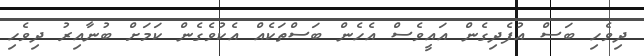
ދިވެހި ބަސް އުފެދިގެން އައީވެސް އެހެން ބަސްތަކެއް އެކުވެގެން ކަމަށް ބުނާއިރު ދިވެހި